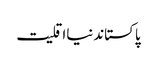
پاکستاندنیااقلیت